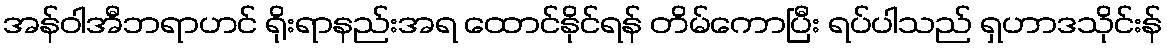
အန်ဝါအီဘရာဟင် ရိုးရာနည်းအရ ထောင်နိုင်ရန် တိမ်ကောပြီး ရပ်ပါသည် ရှဟာဒသိုင်းန်